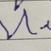
Signature authenticity: forged